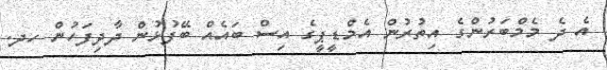
އެ ދެ މެމްބަރުންގެ އިތުރުން އެމްޑީޕީގެ އިސް ބައެއް ބޭފުޅުން ދާދިފަހުން ހދ.